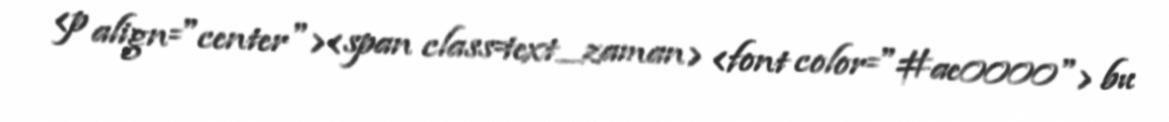
<p align="center"><span class=text_zaman> <font color="#ae0000"> bu